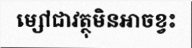
ម្សៅជាវត្ថុមិនអាចខ្វះ